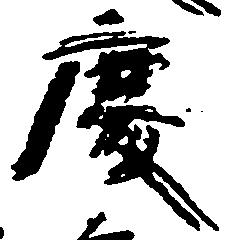
慶